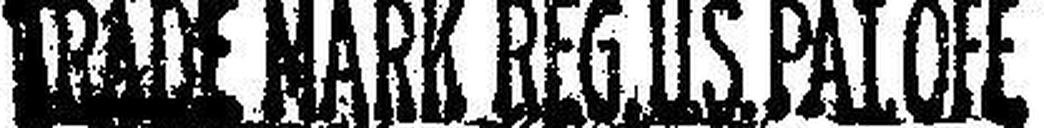
TRADE MARK REG US PAL OFF